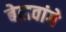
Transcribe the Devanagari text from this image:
बेलवांगे